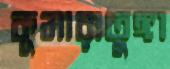
কুমারাতুঙ্গা